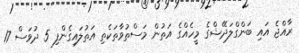
ރާއްޖެ އައި ބަންގްލަދޭޝްގެ މީހެއްގެ އަތުން މަސްތުވާތަކެތި އަތުލައިގެންފި 5 ދުވަސް 17